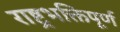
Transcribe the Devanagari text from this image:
राष्ट्रभक्तिपूर्ण